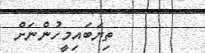
ތިޔަބައިމީހުންނަށް